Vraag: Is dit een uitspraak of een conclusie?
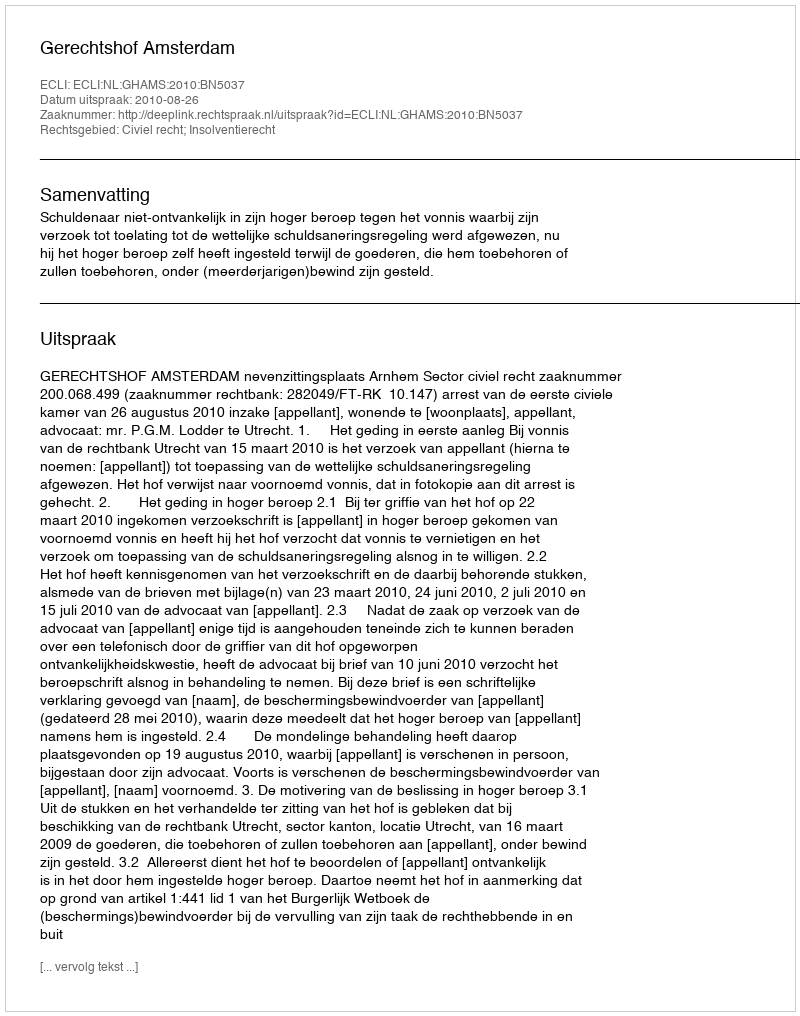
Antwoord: Uitspraak